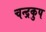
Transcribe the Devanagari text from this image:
चन्द्रकुप